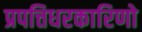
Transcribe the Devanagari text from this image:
प्रपत्तिधरकारिणो